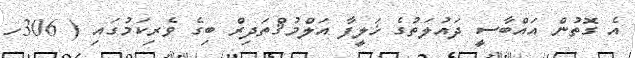
އެ ގޮތުން އައްބާސީ ދައުލަތުގެ ޚަލީފާ އަލްމުޤްތަދިރް ބިގެ ވެރިކަމުގައި ( 306ހ